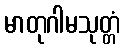
မာတုဂါမသုတ္တံ